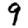
Digit: 9